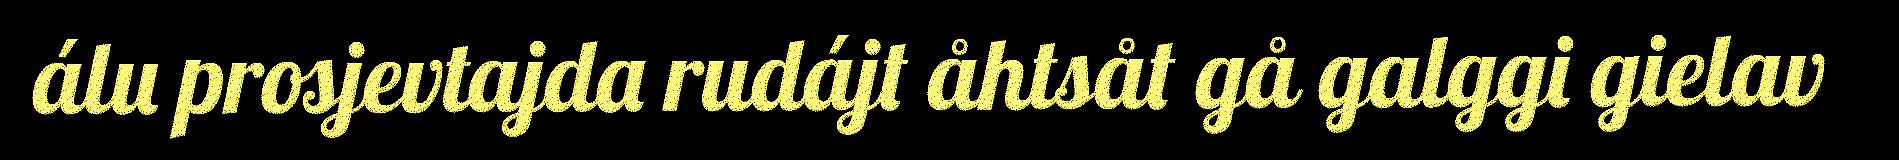
álu prosjevtajda rudájt åhtsåt gå galggi gielav